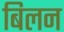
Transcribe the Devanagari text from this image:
बिलन